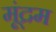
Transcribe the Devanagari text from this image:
मूंद्रम